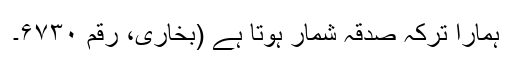
ہمارا ترکہ صدقہ شمار ہوتا ہے (بخاری، رقم ۶۷۳۰۔